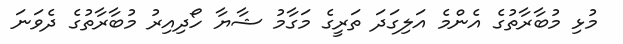
މުޅި މުބާރާތުގެ އެންމެ އަލިގަދަ ތަރީގެ މަގާމު ޝާޔާ ހޯދިއިރު މުބާރާތުގެ ދެވަނަ